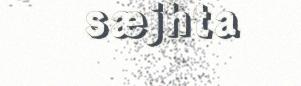
sæjhta